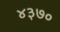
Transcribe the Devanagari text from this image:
४३७०